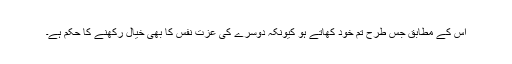
اس کے مطابق جس طرح تم خود کھاتے ہو کیونکہ دوسرے کی عزت نفس کا بھی خیال رکھنے کا حکم ہے۔